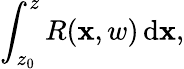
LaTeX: \int_{z_{0}}^{z}R(\mathbf{x},w)\, \mathrm{d}\mathbf{x},